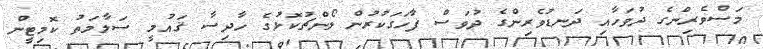
މަސްވެރިންގެ ދުވަހާއި ދަނޑުވެރިންގެ ދުވަސް ފާހަގަކުރުން ލޯންޗުކޮޅުގެ ހާދިސާ ޤައުމީ ސަލާމަތު ކޮމިޓީން